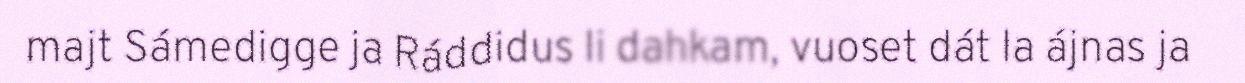
majt Sámedigge ja Ráddidus li dahkam, vuoset dát la ájnas ja